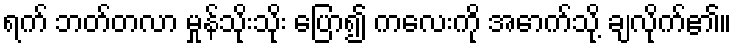
ရက် ဘတ်တလာ မှုန်သိုးသိုး ပြော၍ ကလေးကို အောက်သို့ ချလိုက်၏။